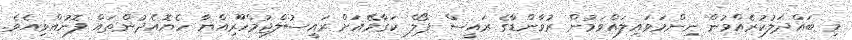
މި ބައްދަލުކުރެއްވުން ނިންމަވައިލައްވަމުން ރުވާންޑާގެ ރައީސް ޕޯލް ކަގާމޭއަށް ރައީސުލްޖުމްހޫރިއްޔާ ހެޔޮއެދުންތައް ފޮނުއްވިއެވެ.